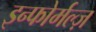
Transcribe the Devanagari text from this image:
इन्फोर्मल्ज़